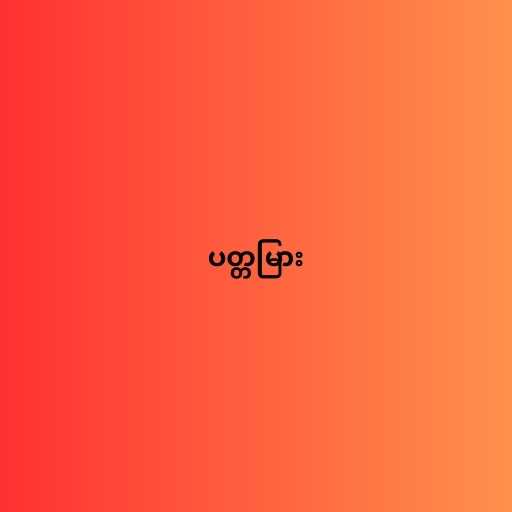
ပတ္တမြား